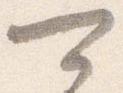
可